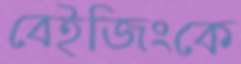
বেইজিংকে